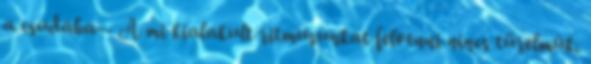
a csudába-- A mi kialakult ritmusunkat felvenni nincs türelmúk.